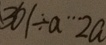
3 6 1 \div a \cdots 2 a